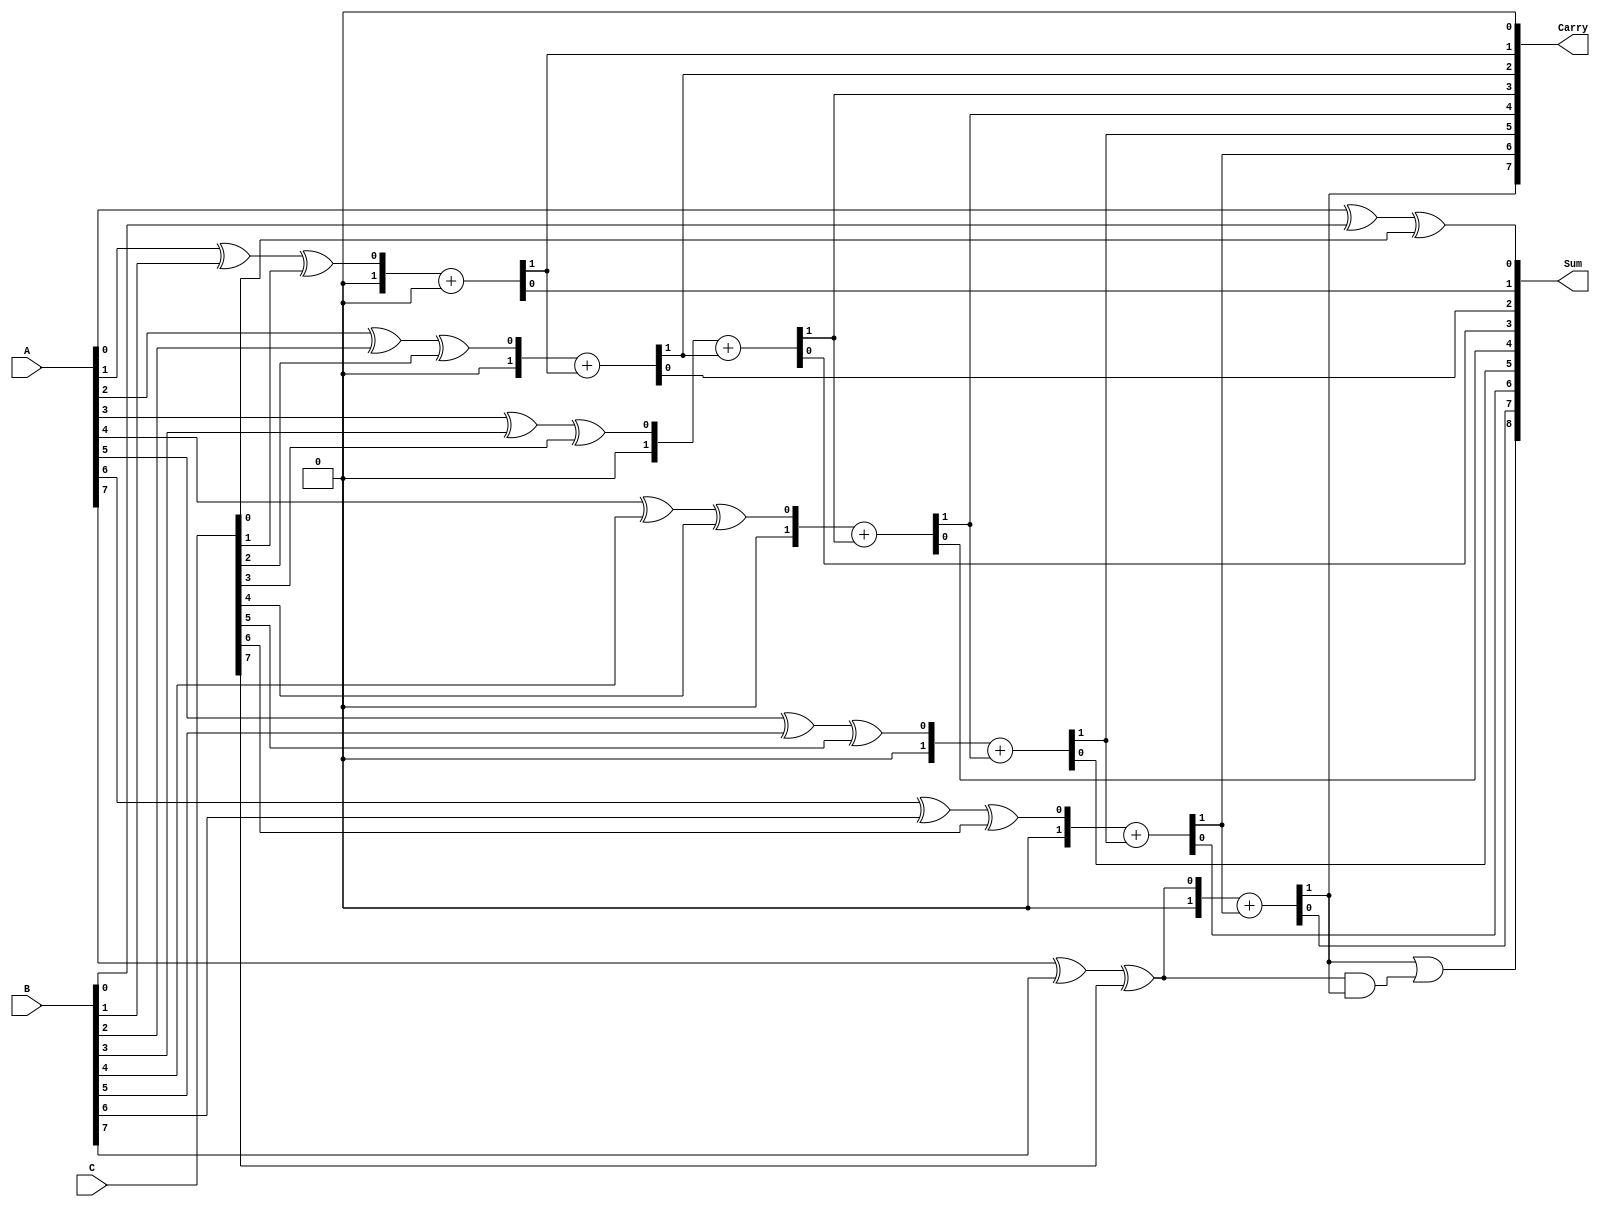
module carry_save_adder #(parameter n = 8) (
    input  [n-1:0] A,     // First input vector
    input  [n-1:0] B,     // Second input vector
    input  [n-1:0] C,     // Third input vector
    output [n:0] Sum,     // Final sum output
    output [n-1:0] Carry   // Carry output
);
    
    wire [n-1:0] sum_temp [0:n-1]; // temporary sum wires
    wire [n-1:0] carry_temp [0:n-1]; // temporary carry wires

    // Generate full adders for each column
    genvar i;
    generate
        for (i = 0; i < n; i = i + 1) begin : full_adder_row
            wire a, b, c;
            // Select bits from A, B, C
            assign a = A[i];
            assign b = B[i];
            assign c = C[i];

            // Full adder logic: sum and carry calculations
            assign sum_temp[i] = a ^ b ^ c; // sum output for the given column
            assign carry_temp[i] = (a & b) | (b & c) | (c & a); // carry output for the given column
        end
    endgenerate

    // Final carry and sum accumulation
    // Initializing carry and sum at the first stage
    assign Sum[0] = sum_temp[0]; // The first sum is directly from the first column
    assign Carry[0] = 1'b0;       // Initialize carry in for the first column

    // Loop to calculate final sum and carry propagation
    generate
        for (i = 1; i < n; i = i + 1) begin : carry_accumulation
            assign {Carry[i], Sum[i]} = sum_temp[i] + Carry[i-1]; // Sum + carry propagation from previous stage
        end
    endgenerate

    // The final carry out
    assign Sum[n] = Carry[n-1] | (sum_temp[n-1] & Carry[n-1]); // Final carry output

endmodule